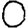
Digit: 0